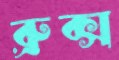
ব্রুক্স